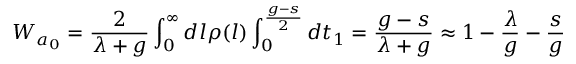
W _ { a _ { 0 } } = \frac { 2 } { \lambda + g } \int _ { 0 } ^ { \infty } d l \rho ( l ) \int _ { 0 } ^ { \frac { g - s } { 2 } } d t _ { 1 } = \frac { g - s } { \lambda + g } \approx 1 - \frac { \lambda } { g } - \frac { s } { g }